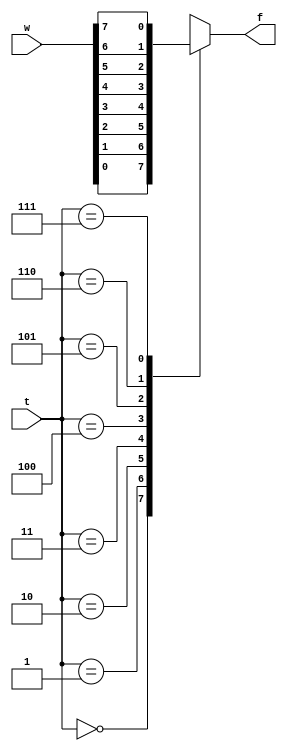
module prog1(w, t, f);
input [7:0] w;
input [2:0] t;
output f;
reg f;
always @(w or t)
case(t)
0 : f=w[0];
1 : f=w[1];
2 : f=w[2];
3 : f=w[3];
4 : f=w[4];
5 : f=w[5];
6 : f=w[6];
7 : f=w[7];
endcase
endmodule